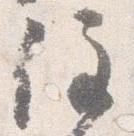
住